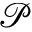
\mathcal { P }